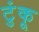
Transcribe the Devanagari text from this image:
टुंकू